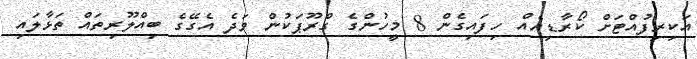
އަކިރިފުއްޓަށް ކޯރާޑިއެއް ހިފައިގެން 8 މީހުންގެ ގްރޫޕަކުން ވަދެ އެގޭގެ ބިއްލޫރިތައް ތަޅާލައި